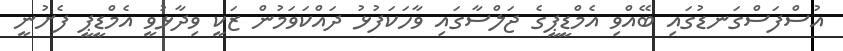
އުސްފަސްގަނޑުގައި ބޭއްވި އެމްޑީޕީގެ ޖަލްސާގައި ވާހަކަފުޅު ދައްކަވަމުން ޒަކީ ވިދާޅުވީ އެމްޑީޕީ ފެށުނީ